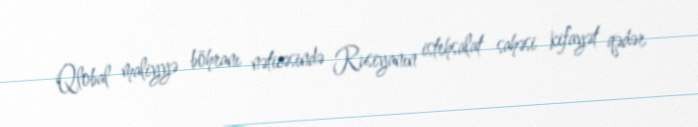
Qlobal maliyyə böhranı nəticəsində Rusiyanın istehsalat sahəsi kifayət qədər